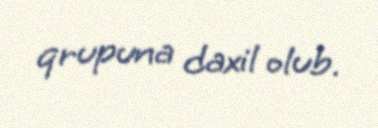
qrupuna daxil olub.